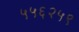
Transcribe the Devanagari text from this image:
५५६२५९